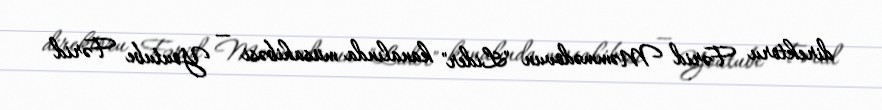
direktoru Fərid Məmmədovun "Lider" kanalında müsahibəsi — Youtube Fərid